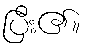
ပြီး၏။